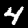
Digit: 4